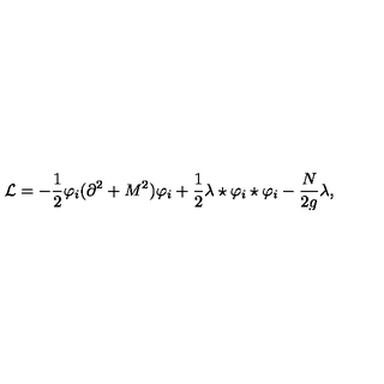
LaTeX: { \cal L } = - \frac 1 2 \varphi _ { i } ( \partial ^ { 2 } + M ^ { 2 } ) \varphi _ { i } + \frac 1 2 \lambda \star \varphi _ { i } \star \varphi _ { i } - \frac { N } { 2 g } \lambda ,